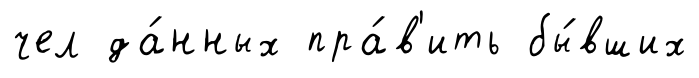
чел да́нных пра́в'ить бы́вших